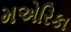
મએરિકા